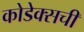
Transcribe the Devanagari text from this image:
कोडेक्सची